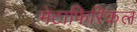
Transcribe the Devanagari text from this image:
मेटाफिरिकल